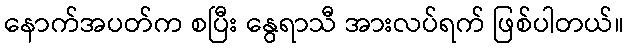
နောက်အပတ်က စပြီး နွေရာသီ အားလပ်ရက် ဖြစ်ပါတယ်။